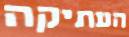
העתיקה